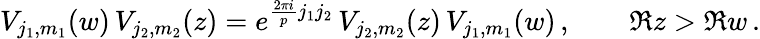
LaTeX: V_{j_{1},m_{1}}(w)\, V_{j_{2},m_{2}}(z)=e^{\frac{2\pi i}{p}j_{1}j_{2}}\, V_{j_{2},m_{2}}(z)\, V_{j_{1},m_{1}}(w)\, ,\qquad\Re z>\Re w\, .